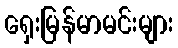
ရှေးမြန်မာမင်းများ